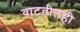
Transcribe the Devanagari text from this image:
वाटतीलही